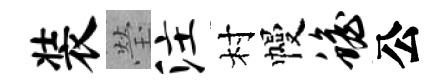
装瑩注村幔蟾公